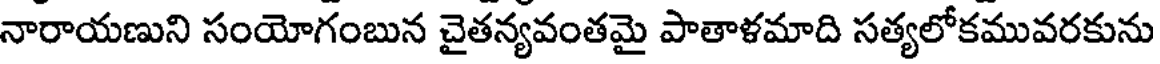
నారాయణుని సంయోగంబున చైతన్యవంతమై పాతాళమాది సత్యలోకమువరకును